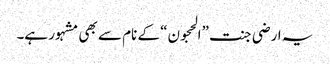
یہ ارضی جنت ”الحجون“ کے نام سے بھی مشہور ہے۔